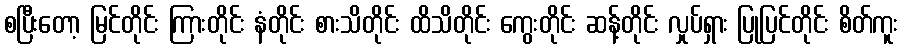
စပြီးတော့ မြင်တိုင်း ကြားတိုင်း နံတိုင်း စားသိတိုင်း ထိသိတိုင်း ကွေးတိုင်း ဆန့်တိုင်း လှုပ်ရှား ပြုပြင်တိုင်း စိတ်ကူး